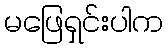
မဖြေရှင်းပါက